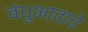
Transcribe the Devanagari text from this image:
बंधुभावाचे